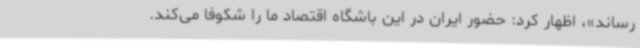
رساند»، اظهار کرد: حضور ایران در این باشگاه اقتصاد ما را شکوفا می‌کند.